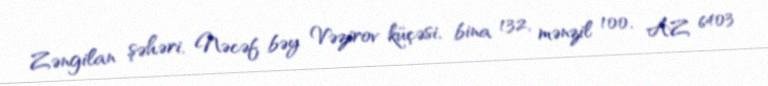
Zəngilan şəhəri, Nəcəf bəy Vəzirov küçəsi, bina 132, mənzil 100, AZ 6403